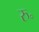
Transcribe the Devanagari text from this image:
रु॰